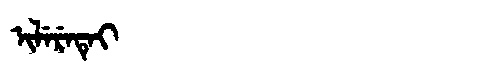
Manchu: ᡳᠯᡝᡵᡝᡨᡝᡳ
Romanization: ILERETEI